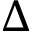
\Delta